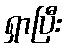
ရှာပြီး